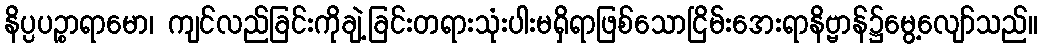
နိပ္ပပဉ္စာရာမော၊ ကျင်လည်ခြင်းကိုချဲ့ခြင်းတရားသုံးပါးမရှိရာဖြစ်သောငြိမ်းအေးရာနိဗ္ဗာန်၌မွေ့လျော်သည်။